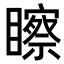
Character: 𥌀